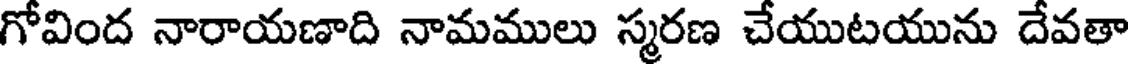
గోవింద నారాయణాది నామములు స్మరణ చేయుటయును దేవతా